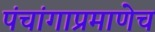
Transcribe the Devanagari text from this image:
पंचांगाप्रमाणेच